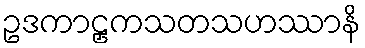
ဥဒကာဠှကသတသဟဿာနိ